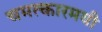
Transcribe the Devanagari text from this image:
चमत्कारमयी